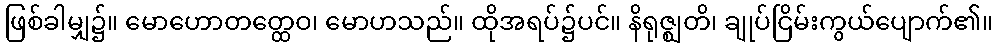
ဖြစ်ခါမျှ၌။ မောဟောတတ္ထေဝ၊ မောဟသည်။ ထိုအရပ်၌ပင်။ နိရုဇ္ဈတိ၊ ချုပ်ငြိမ်းကွယ်ပျောက်၏။